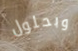
وبحلول